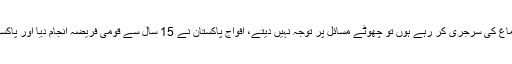
انہوںنے کہاکہ جب دل اور دماغ کی سرجری کر رہے ہوں تو چھوٹے مسائل پر توجہ نہیں دیتے، افواج پاکستان نے 15 سال سے قومی فریضہ انجام دیا اور پاکستان کی بقا کی جنگ لڑی ہے۔